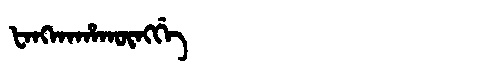
Manchu: ᡶᠠᠩᡴᠠᡥᠠᡴᡡᠩᡤᡝ
Romanization: FANGKAHAKŪNGGE